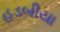
હડબીયા